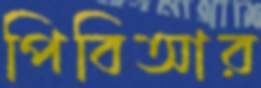
পিবিআর